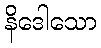
နိဒေါသော